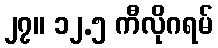
၂၇။ ၁၂.၅ ကီလိုဂရမ်